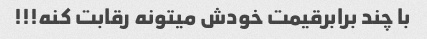
با چند برابرقیمت خودش میتونه رقابت کنه!!!